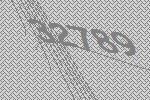
32789